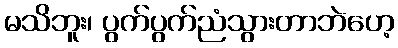
မသိဘူး၊ ပွက်ပွက်ညံသွားတာဘဲဟေ့